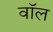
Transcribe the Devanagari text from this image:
वाॅल